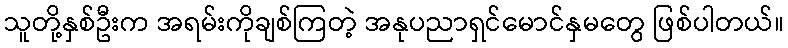
သူတို့နှစ်ဦးက အရမ်းကိုချစ်ကြတဲ့ အနုပညာရှင်မောင်နှမတွေ ဖြစ်ပါတယ်။